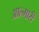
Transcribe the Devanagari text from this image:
आल्मारी